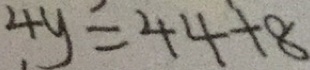
4 y = 4 4 + 8